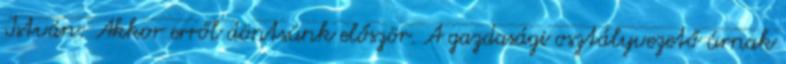
István: Akkor erről döntsünk először. A gazdasági osztályvezető úrnak